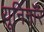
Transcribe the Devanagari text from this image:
यूनिनॉर